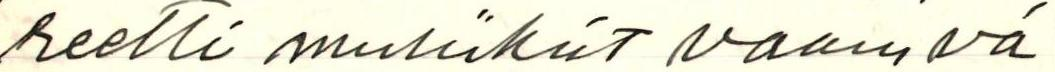
reetti musiikiit vaam vä